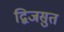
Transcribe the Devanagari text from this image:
द्विजसुत